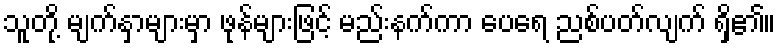
သူတို့ မျက်နှာများမှာ ဖုန်များဖြင့် မည်းနက်ကာ ပေရေ ညစ်ပတ်လျက် ရှိ၏။